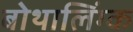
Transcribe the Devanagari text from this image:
बोथालिंग्क